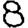
Digit: 8